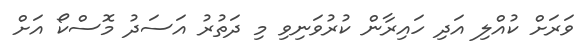
ވަރަށް ކުއްލި އަދި ހައިރާން ކުރުވަނިވި މި ދަތުރު އަސަދު މޮސްކޯ އަށް